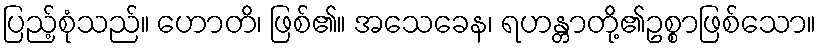
ပြည့်စုံသည်။ ဟောတိ၊ ဖြစ်၏။ အသေခေန၊ ရဟန္တာတို့၏ဥစ္စာဖြစ်သော။